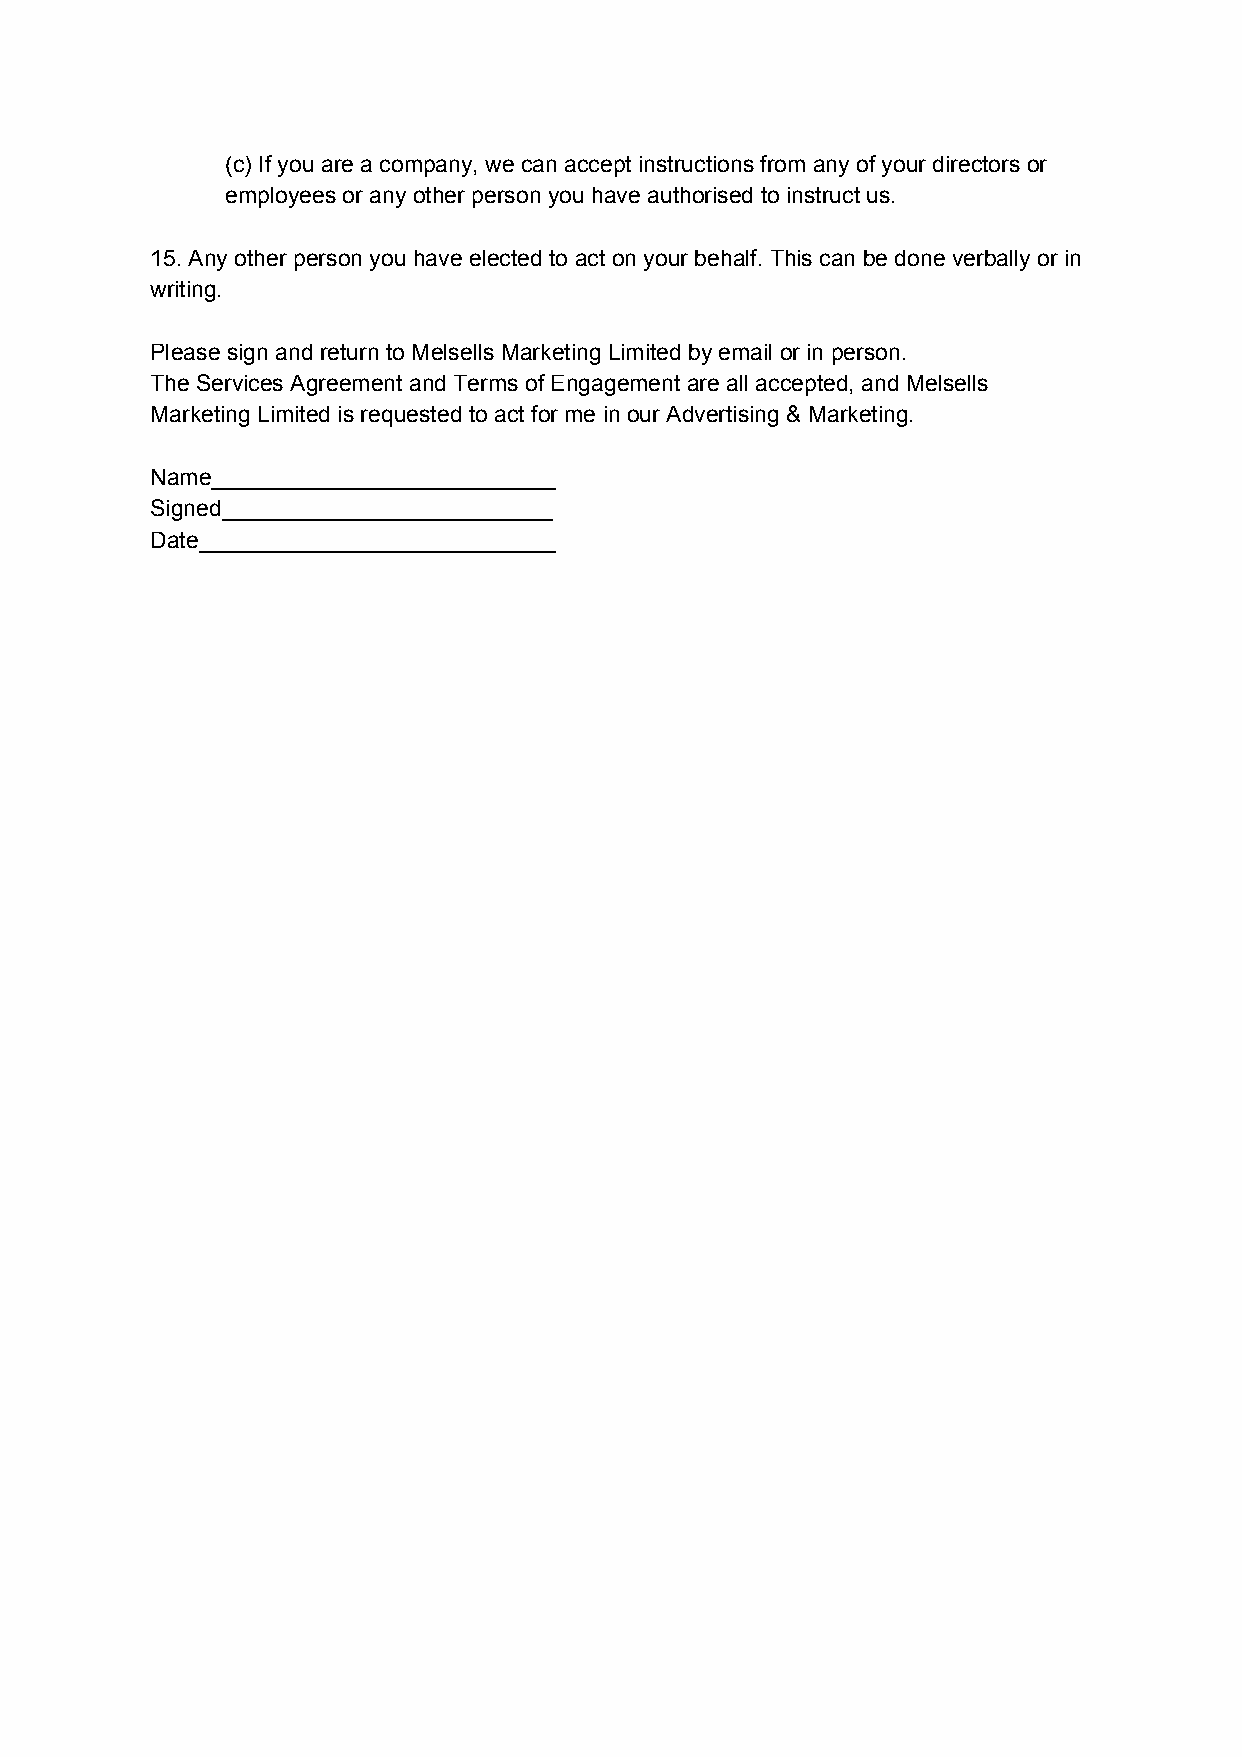
(c) If you are a company, we can accept instructions from any of your directors or
 employees or any other person you have authorised to instruct us.
 15. Any other person you have elected to act on your behalf. This can be done verbally or in
 writing.
 Please sign and return to Melsells Marketing Limited by email or in person.
 The Services Agreement and Terms of Engagement are all accepted, and Melsells
 Marketing Limited is requested to act for me in our Advertising & Marketing.
 Name___________________________
 Signed__________________________
 Date____________________________